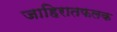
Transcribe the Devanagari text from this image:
जाहिरातफलक